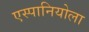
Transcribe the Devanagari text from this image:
एस्पानियोला